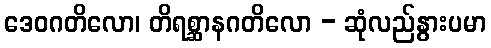
ဒေဝဂတိလော၊ တိရစ္ဆာနဂတိလော - ဆုံလည်နွားပမာ